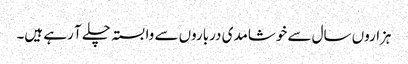
ہزاروں سال سے خوشامدی درباروں سے وابستہ چلے آ رہے ہیں۔